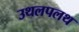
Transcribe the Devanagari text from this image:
उथलपलथ